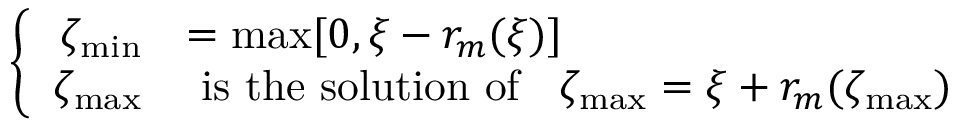
\left\{ \begin{array} { r l l } { \zeta _ { \operatorname* { m i n } } } & { = \operatorname* { m a x } [ 0 , \xi - r _ { m } ( \xi ) ] \medskip } \\ { \zeta _ { \operatorname* { m a x } } } & { \mathrm { ~ i s ~ t h e ~ s o l u t i o n ~ o f ~ } \; \; \zeta _ { \operatorname* { m a x } } = \xi + r _ { m } ( \zeta _ { \operatorname* { m a x } } ) } \end{array} \right.